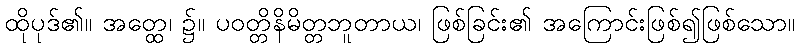
ထိုပုဒ်၏။ အတ္ထေ၊ ၌။ ပဝတ္တိနိမိတ္တဘူတာယ၊ ဖြစ်ခြင်း၏ အကြောင်းဖြစ်၍ဖြစ်သော။